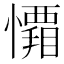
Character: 𭟑